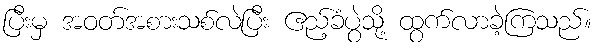
ပြီးမှ အဝတ်အစားသစ်လဲပြီး ဧည့်ခံပွဲသို့ ထွက်လာခဲ့ကြသည်။